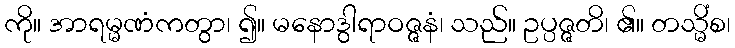
ကို။ အာရမ္မဏံကတွာ၊ ၍။ မနောဒွါရာဝဇ္ဇနံ၊ သည်။ ဥပ္ပဇ္ဇတိ၊ ၏။ တသ္မိံစ၊